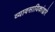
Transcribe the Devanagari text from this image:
व्यावसायिकांद्वारे